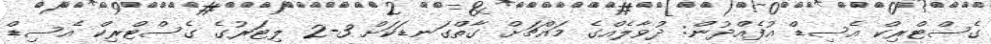
ގެސްޓްރިކް އެސިޑް އުފެއްދުން: ދުވާލެއްގެ މައްޗަށް ގާތްގަނޑަކަށް 3-2 ލިޓަރުގެ ގެސްޓްރިކް އެސިޑް